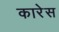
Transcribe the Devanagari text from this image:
कारेस